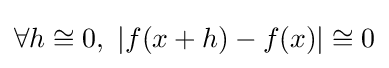
\forall h\cong 0,\ |f(x+h)-f(x)|\cong 0